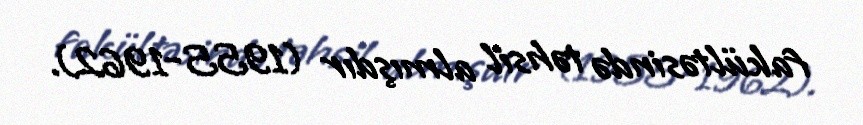
fakültəsində təhsil almışdır (1955-1962).